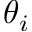
\theta _ { i }